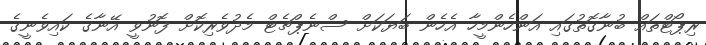
ރިޕޯޓްތައް ބުނާގޮތުގައި އަންހެންމީހާ އެހެން ބަޔަކަށް ސްނެޕްޗެޓް މެދުވެރިކޮށް ފޮނުވީ އޭނާގެ ކައިވެނީގެ